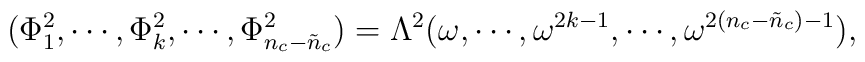
(\Phi_{1}^2, \cdots, \Phi_{k}^2, \cdots,\Phi_{n_{c}-\tilde{n}_{c}}^2)          = \Lambda^2 (\omega, \cdots, \omega^{2k-1}, \cdots,          \omega^{2(n_{c}-\tilde{n}_{c})-1}),